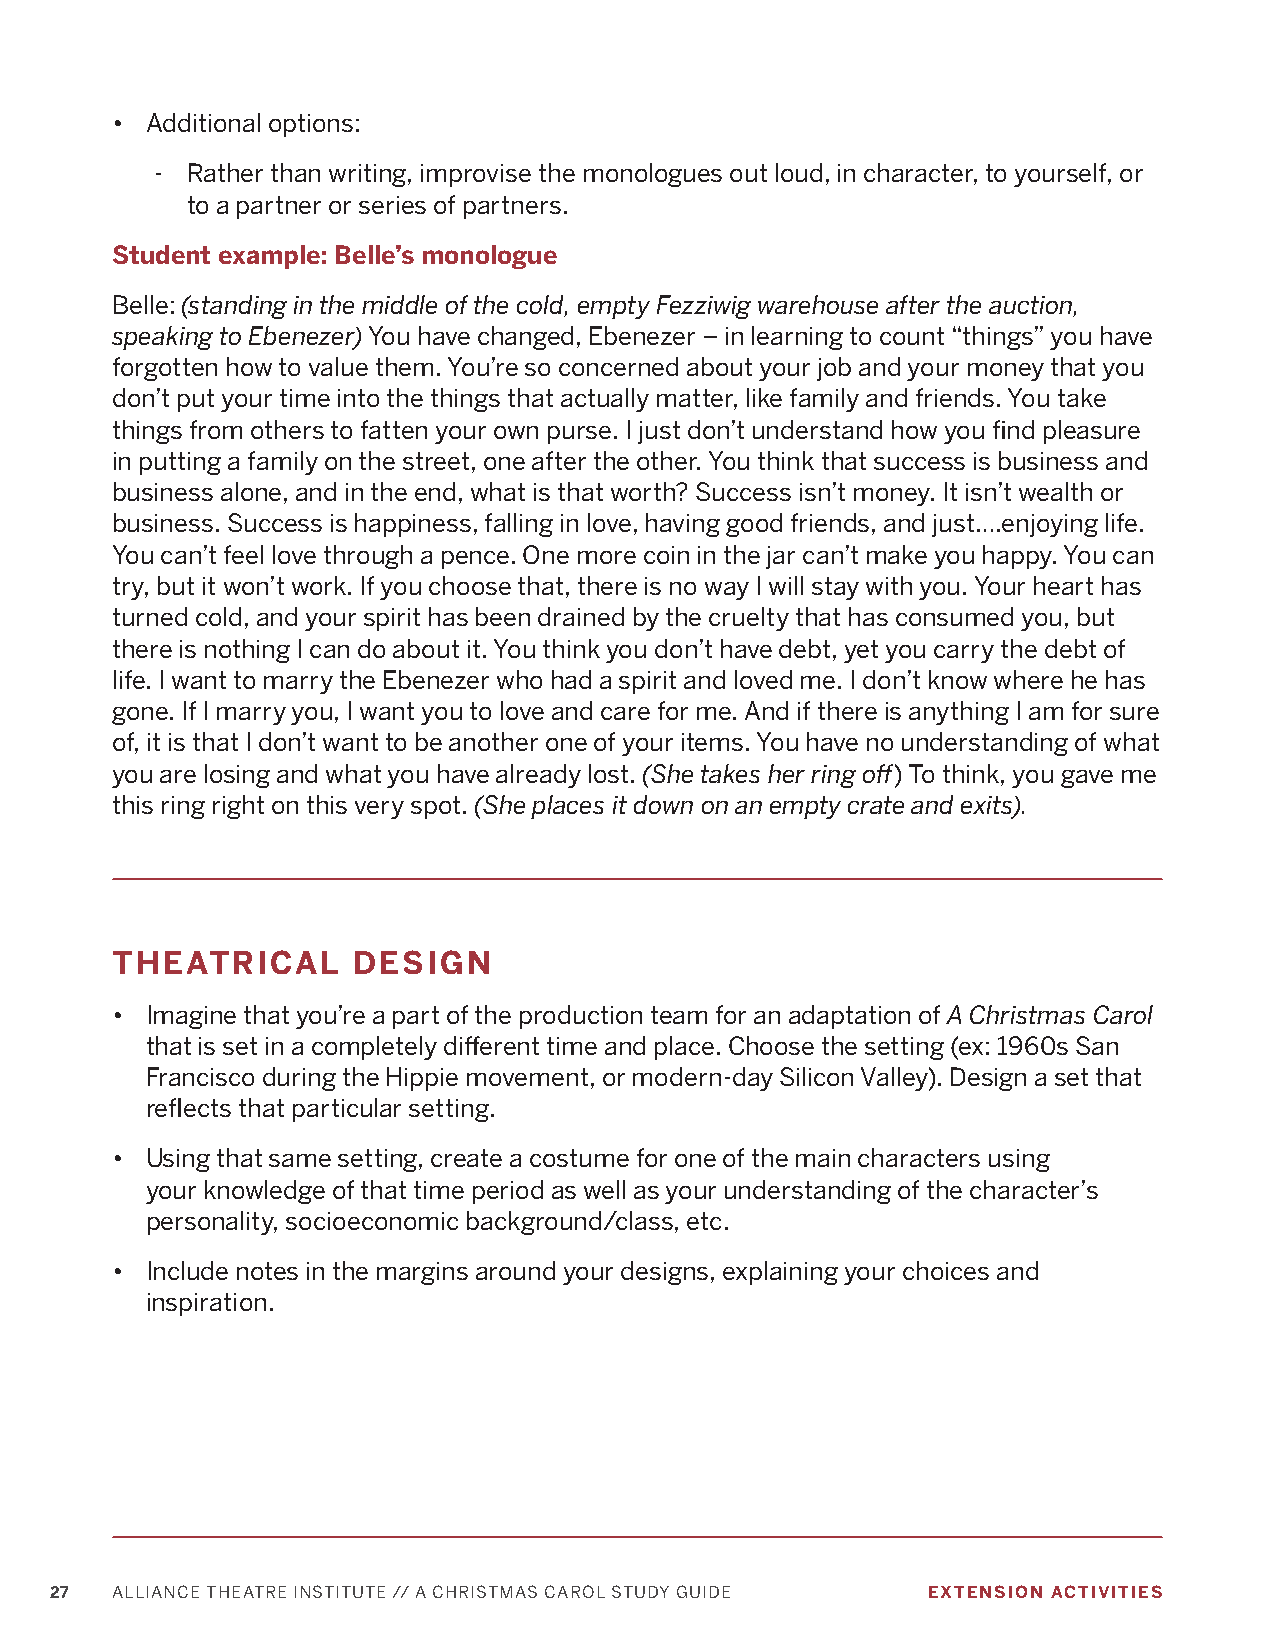
•  Additional options:
 - Rather than writing, improvise the monologues out loud, in character, to yourself, or
 to a partner or series of partners.
 Student example: Belle’s monologue
 Belle: (standing in the middle of the cold, empty Fezziwig warehouse after the auction,
 speaking to Ebenezer) You have changed, Ebenezer – in learning to count “things” you have
 forgotten how to value them. You’re so concerned about your job and your money that you
 don’t put your time into the things that actually matter, like family and friends. You take
 things from others to fatten your own purse. I just don’t understand how you find pleasure
 in putting a family on the street, one after the other. You think that success is business and
 business alone, and in the end, what is that worth? Success isn’t money. It isn’t wealth or
 business. Success is happiness, falling in love, having good friends, and just….enjoying life.
 You can’t feel love through a pence. One more coin in the jar can’t make you happy. You can
 try, but it won’t work. If you choose that, there is no way I will stay with you. Your heart has
 turned cold, and your spirit has been drained by the cruelty that has consumed you, but
 there is nothing I can do about it. You think you don’t have debt, yet you carry the debt of
 life. I want to marry the Ebenezer who had a spirit and loved me. I don’t know where he has
 gone. If I marry you, I want you to love and care for me. And if there is anything I am for sure
 of, it is that I don’t want to be another one of your items. You have no understanding of what
 you are losing and what you have already lost. (She takes her ring off) To think, you gave me
 this ring right on this very spot. (She places it down on an empty crate and exits).
 THEATRICAL      DESIGN
 •  Imagine that you’re a part of the production team for an adaptation of A Christmas Carol
 that is set in a completely different time and place. Choose the setting (ex: 1960s San
 Francisco during the Hippie movement, or modern-day Silicon Valley). Design a set that
 reflects that particular setting.
 •  Using that same setting, create a costume for one of the main characters using
 your knowledge of that time period as well as your understanding of the character’s
 personality, socioeconomic background/class, etc.
 •  Include notes in the margins around your designs, explaining your choices and
 inspiration.
 27  ALLIANCE THEATRE INSTITUTE // A CHRISTMAS CAROL STUDY GUIDE EXTENSION ACTIVITIES